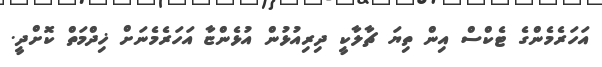
އަހަރެމެންގެ ޓެކްސް އިން ތިޔަ ޗާލާކީ ދިރިއުޅުން އުޅެންޏާ އަހަރެމެނަށް ޚިދްމަތް ކޮށްދީ.